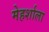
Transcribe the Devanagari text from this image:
मेहर्शाला